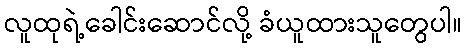
လူထုရဲ့ခေါင်းဆောင်လို့ ခံယူထားသူတွေပါ။